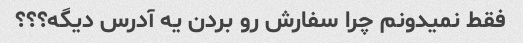
فقط نمیدونم چرا سفارش رو بردن یه آدرس دیگه؟؟؟